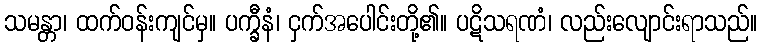
သမန္တာ၊ ထက်ဝန်းကျင်မှ။ ပက္ခီနံ၊ ငှက်အပေါင်းတို့၏။ ပဋိသရဏံ၊ လည်းလျောင်းရာသည်။